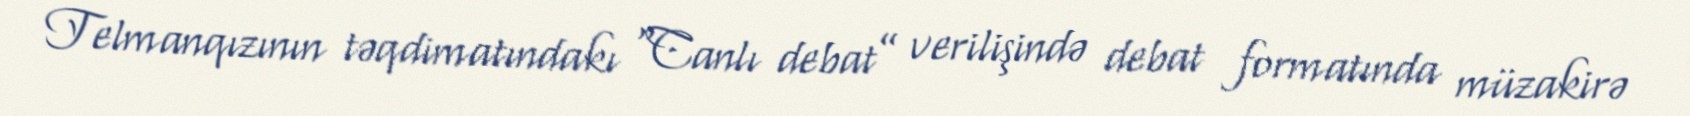
Telmanqızının təqdimatındakı “Canlı debat” verilişində debat formatında müzakirə